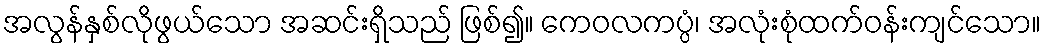
အလွန်နှစ်လိုဖွယ်သော အဆင်းရှိသည် ဖြစ်၍။ ကေဝလကပ္ပံ၊ အလုံးစုံထက်ဝန်းကျင်သော။